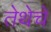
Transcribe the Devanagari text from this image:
तेथेचे